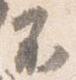
不